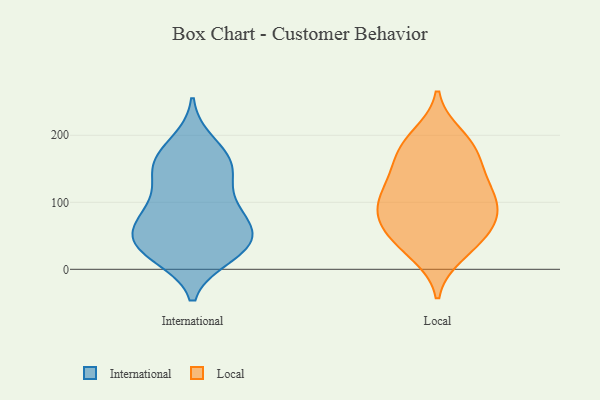
{"axis": {"x": "Page Views", "y": "Value"}, "legend": ["International", "Local"], "data": [{"x": "", "y": 152, "type": "International"}, {"x": "", "y": 188, "type": "International"}, {"x": "", "y": 77, "type": "International"}, {"x": "", "y": 39, "type": "International"}, {"x": "", "y": 130, "type": "International"}, {"x": "", "y": 162, "type": "International"}, {"x": "", "y": 21, "type": "International"}, {"x": "", "y": 53, "type": "International"}, {"x": "", "y": 44, "type": "International"}, {"x": "", "y": 79, "type": "International"}, {"x": "", "y": 148, "type": "International"}, {"x": "", "y": 164, "type": "International"}, {"x": "", "y": 27, "type": "International"}, {"x": "", "y": 91, "type": "International"}, {"x": "", "y": 41, "type": "International"}, {"x": "", "y": 29, "type": "International"}, {"x": "", "y": 86, "type": "International"}, {"x": "", "y": 135, "type": "Local"}, {"x": "", "y": 74, "type": "Local"}, {"x": "", "y": 199, "type": "Local"}, {"x": "", "y": 89, "type": "Local"}, {"x": "", "y": 55, "type": "Local"}, {"x": "", "y": 47, "type": "Local"}, {"x": "", "y": 33, "type": "Local"}, {"x": "", "y": 125, "type": "Local"}, {"x": "", "y": 73, "type": "Local"}, {"x": "", "y": 109, "type": "Local"}, {"x": "", "y": 145, "type": "Local"}, {"x": "", "y": 90, "type": "Local"}, {"x": "", "y": 178, "type": "Local"}, {"x": "", "y": 23, "type": "Local"}, {"x": "", "y": 102, "type": "Local"}, {"x": "", "y": 188, "type": "Local"}, {"x": "", "y": 172, "type": "Local"}]}